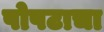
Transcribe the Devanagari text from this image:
पोपटाचा